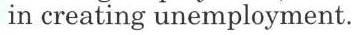
in creating unemployment.